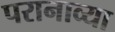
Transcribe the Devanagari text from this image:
परानाव्या